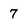
Character: 7